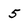
Character: 5